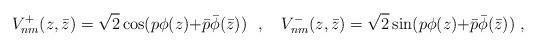
LaTeX: \begin{align*}V_{nm}^{+}(z,\bar z) =\sqrt{2}\cos(p\phi(z){+}\bar p\bar\phi(\bar z))~~,~~~V_{nm}^{-}(z,\bar z) =\sqrt{2}\sin(p\phi(z){+}\bar p\bar\phi(\bar z))~,~~~\end{align*}